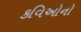
કવિઓનો